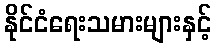
နိုင်ငံရေးသမားများနှင့်